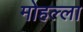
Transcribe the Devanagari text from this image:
मोहल्‍ला